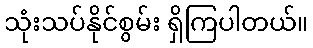
သုံးသပ်နိုင်စွမ်း ရှိကြပါတယ်။